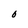
Character: O